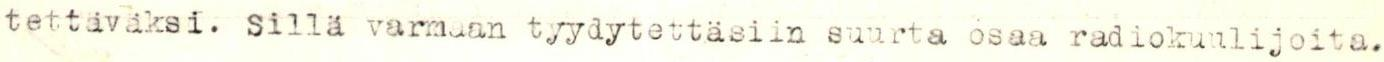
tettäväksi. Sillä varmaan tyydytettäsiin suurta osaa radiokuulijoita.